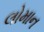
લોમાન